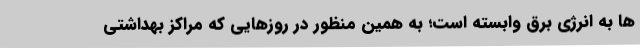
ها به انرژی برق وابسته است؛ به همین منظور در روزهایی که مراکز بهداشتی